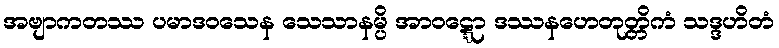
အဗျာကတဿ ပမာဒဝသေန သေသာနမ္ပိ အာဝဋ္ဋော ဒဿနဟေတုတ္တိကံ သဒ္ဒဟိတံ